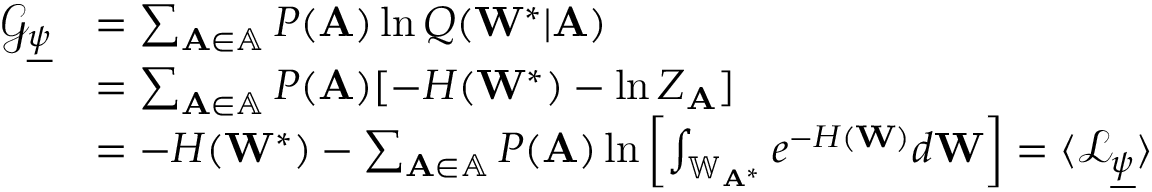
\begin{array} { r l } { \mathcal { G } _ { \underline { { \psi } } } } & { = \sum _ { \mathbf { A } \in \mathbb { A } } P ( \mathbf { A } ) \ln Q ( \mathbf { W } ^ { * } | \mathbf { A } ) } \\ & { = \sum _ { \mathbf { A } \in \mathbb { A } } P ( \mathbf { A } ) [ - H ( \mathbf { W } ^ { * } ) - \ln Z _ { \mathbf { A } } ] } \\ & { = - H ( \mathbf { W } ^ { * } ) - \sum _ { \mathbf { A } \in \mathbb { A } } P ( \mathbf { A } ) \ln \left[ \int _ { \mathbb { W } _ { \mathbf { A } ^ { * } } } e ^ { - H ( \mathbf { W } ) } d \mathbf { W } \right] = \langle \mathcal { L } _ { \underline { { \psi } } } \rangle } \end{array}